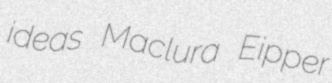
ideas Maclura Eipper